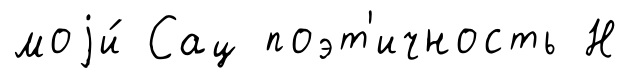
моjи́ Сац поэт'ичность Н